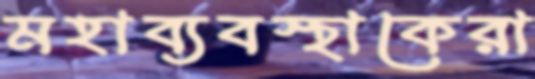
মহাব্যবস্থাকেরা